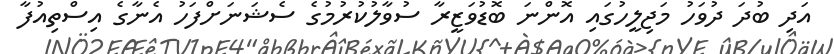
އަދި ބުދަ ދުވަހު މަޖިލީހުގައި އޮންނަ ބޮޑުވަޒީރާ ސުވާލުކުރުމުގެ ސެޝަނަށްފަހު އެނާގެ އިސްތިއުފާ